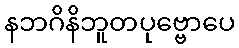
နဘဂိနိဘူတပုဗ္ဗောပေ